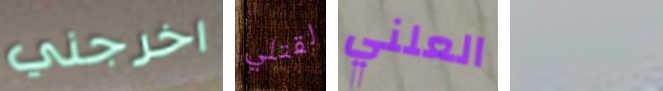
اخرجني لقتلي العلني قالت